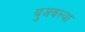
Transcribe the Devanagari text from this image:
बुजवल्या